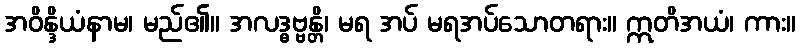
အဝိန္ဒိယံနာမ၊ မည်၏။ အလဒ္ဓဗ္ဗန္တိ၊ မရ အပ် မရအပ်သောတရား။ ဣတိအယံ၊ ကား။